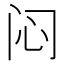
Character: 闷